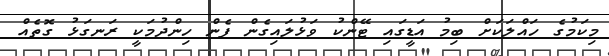
މިކަމުގެ ހައްލަކަށް ބިމު އަޑީގައި ޓޭންކު ވަޅުލައިގެން ފެން ހިންދުމަކީ ރަނގަޅު ގޮތެއް